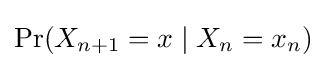
\Pr(X_{n+1}=x\mid X_{n}=x_{n})